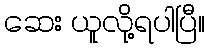
ဆေး ယူလို့ရပါပြီ။